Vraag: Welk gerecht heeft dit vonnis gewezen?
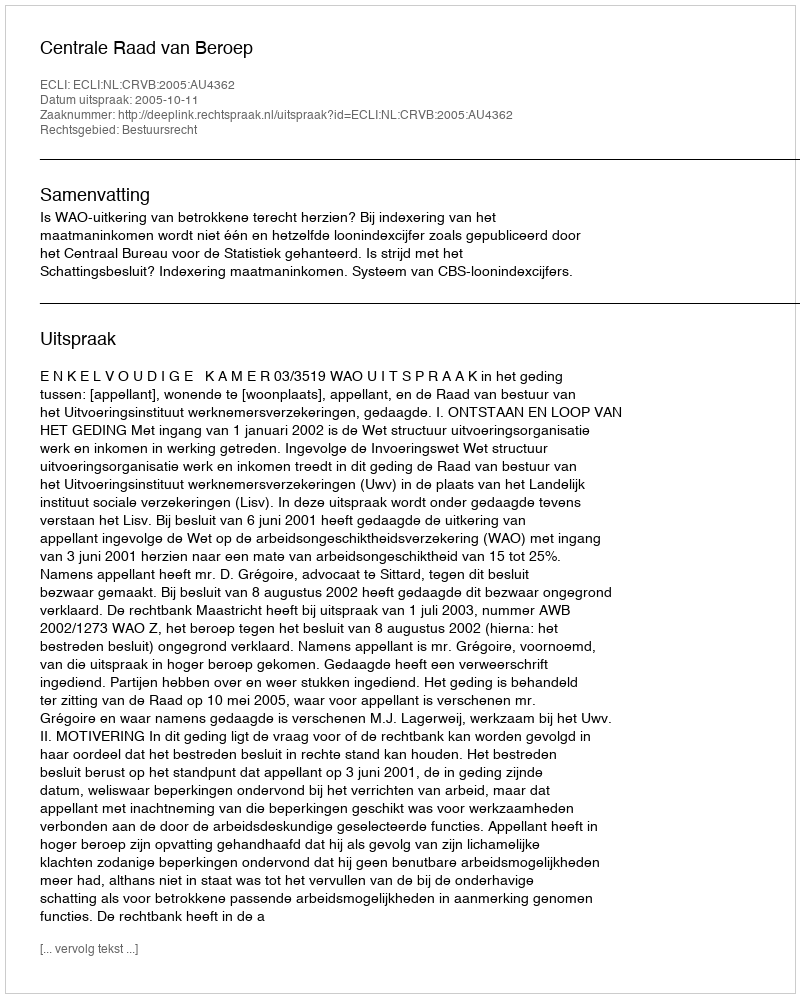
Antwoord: Centrale Raad van Beroep